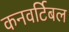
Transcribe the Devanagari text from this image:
कनवर्टिबल